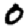
Digit: 0